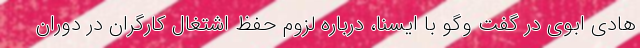
هادی ابوی در گفت وگو با ایسنا، درباره لزوم حفظ اشتغال کارگران در دوران